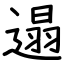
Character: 遢